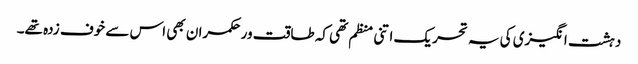
دہشت انگیزی کی یہ تحریک اتنی منظم تھی کہ طاقت ور حکمران بھی اس سے خوف زدہ تھے۔